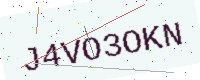
Text: J4VO3OKN